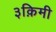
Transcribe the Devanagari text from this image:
३क़िमी